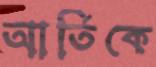
আর্তিকে